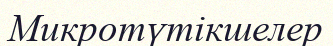
Микротүтікшелер